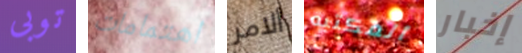
توبى اهتمامات ألامر المكتبه إخبار